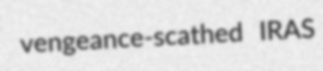
vengeance-scathed IRAS